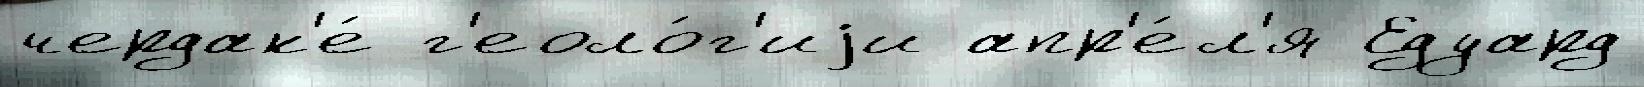
чердак'е́ г'еоло́г'иjи апр'е́л'я Едуард